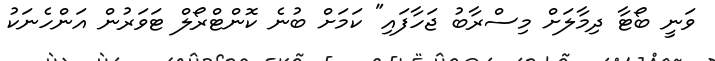
ވަނީ ބޯޓާ ދިމާލަށް މިސްރާބު ޖަހާފައި" ކަމަށް ބުނެ ކޮންޓްރޯލް ޓަވަރުން އަންހެނަކު